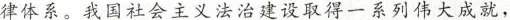
律体系。我国社会主义法治建设取得一系列伟大成就，